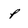
Character: p